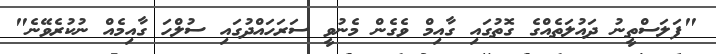
"ފަލަސްތީނު ދައުލަތެއްގެ ގޮތުގައި ގާއިމް ވެގެން މެނުވީ ސަރަހައްދުގައި ސުލްހަ ގާއިމެއް ނުކުރެވޭނެ"